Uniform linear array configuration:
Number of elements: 48
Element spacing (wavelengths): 0.25
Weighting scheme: cosine
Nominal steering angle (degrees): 15
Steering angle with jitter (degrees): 15.418
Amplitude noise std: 0.05
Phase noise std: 0.05

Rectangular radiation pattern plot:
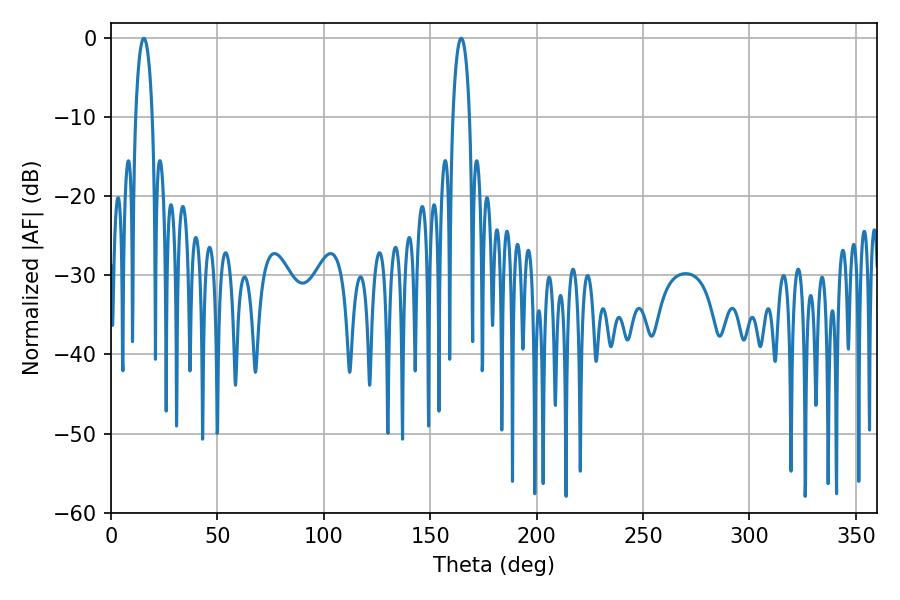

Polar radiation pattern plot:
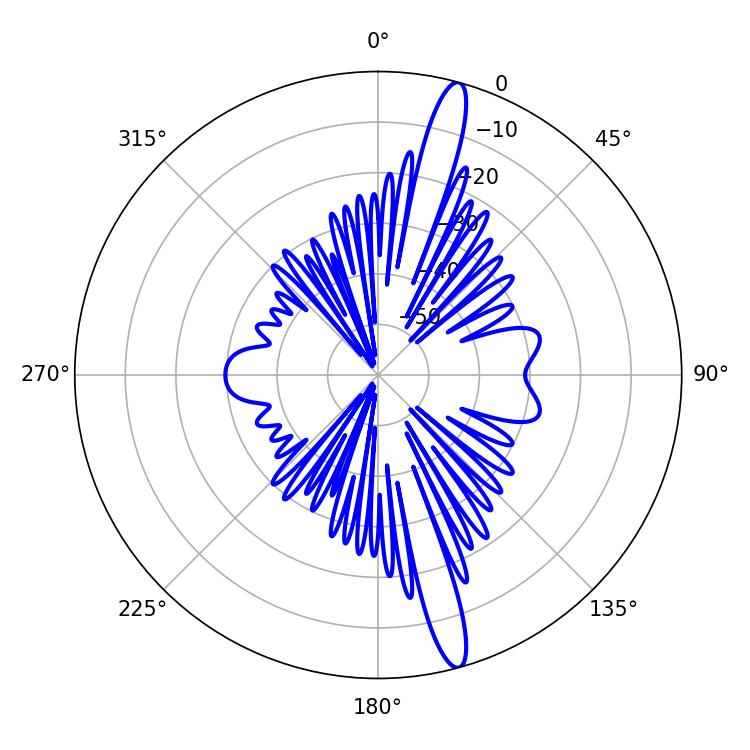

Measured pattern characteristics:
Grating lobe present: FALSE
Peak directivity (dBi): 16.31
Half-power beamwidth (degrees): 4.5
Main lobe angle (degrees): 164.52